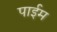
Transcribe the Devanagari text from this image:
पाईम